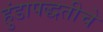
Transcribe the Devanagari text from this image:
हुंडापद्धतीचे